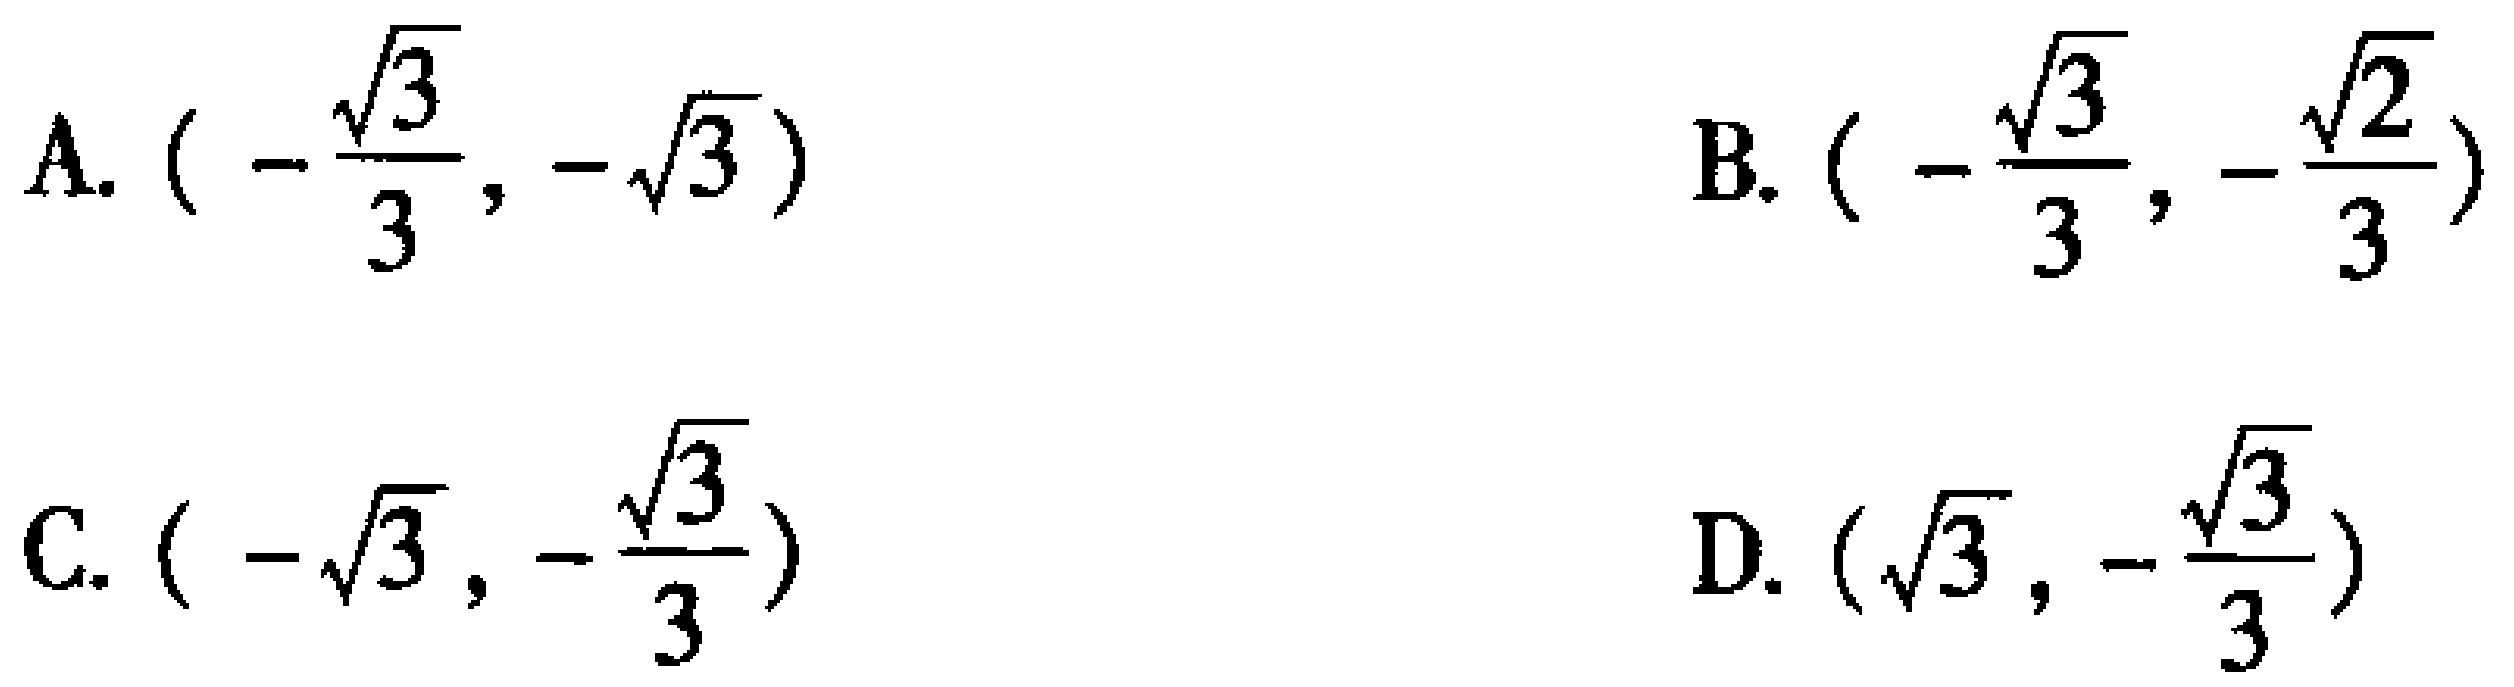
A. \((-\frac{\sqrt{3}}{3},-\sqrt{3})\)  B. \((-\frac{\sqrt{3}}{3},-\frac{\sqrt{2}}{3})\)
C. \((-\sqrt{3},-\frac{\sqrt{3}}{3})\)  D. \((\sqrt{3},-\frac{\sqrt{3}}{3})\)